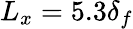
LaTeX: L_{x}=5.3\delta_{f}